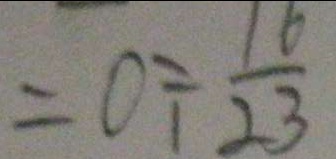
= 0 \div \frac { 1 6 } { 2 3 }